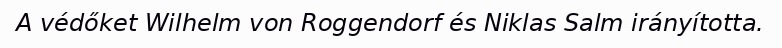
A védőket Wilhelm von Roggendorf és Niklas Salm irányította.